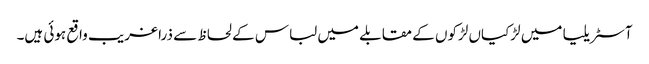
آسٹریلیا میں لڑکیاں لڑکوں کے مقابلے میں لباس کے لحاظ سے ذرا غریب واقع ہوئی ہیں۔